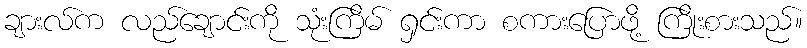
ချားလ်က လည်ချောင်းကို သုံးကြိမ် ရှင်းကာ စကားပြောဖို့ ကြိုးစားသည်။